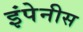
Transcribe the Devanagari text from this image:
इंपेनीस